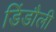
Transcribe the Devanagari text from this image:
डिंडौली